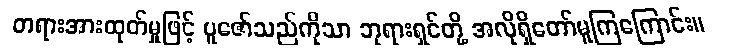
တရားအားထုတ်မှုဖြင့် ပူဇော်သည်ကိုသာ ဘုရားရှင်တို့ အလိုရှိတော်မူကြကြောင်း။